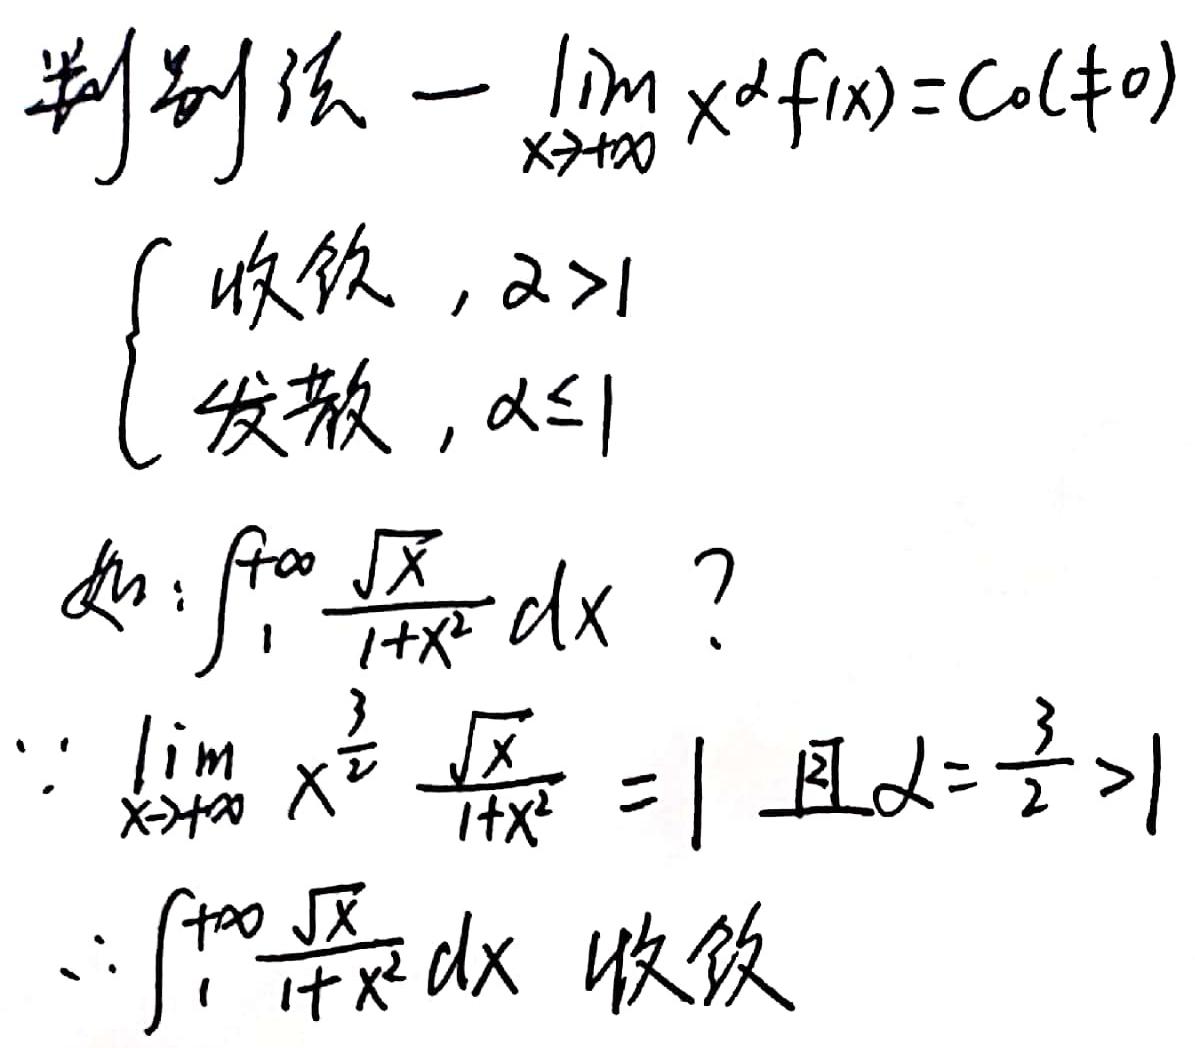
判别法一 $\lim_{x \to +\infty} x^{\alpha} f(x)=C_0(\neq 0)$
\[
\begin{cases}
收敛, & \alpha > 1 \\
发散, & \alpha \leq 1
\end{cases}
\]
如: $\int_{1}^{+\infty} \frac{\sqrt{x}}{1 + x^{2}} dx$ ？

$\because \lim_{x \to +\infty} x^{\frac{3}{2}} \frac{\sqrt{x}}{1 + x^{2}} = 1$ 且 $\alpha = \frac{3}{2} > 1$

$\therefore \int_{1}^{+\infty} \frac{\sqrt{x}}{1 + x^{2}} dx$ 收敛